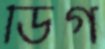
ডিগ